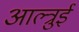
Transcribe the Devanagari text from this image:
आल्त्रुई